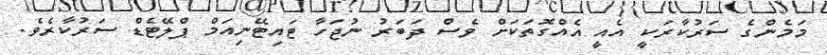
މަމެންގެ ސަރުކާރަކީ އެއީ އެއްގޮތަކަށް ވެސް ދަބަރު ނުޖަހާ ޓައިޓޭނިއަމް ޕްލޭޓެޑް ސަރުކާރެވެ.